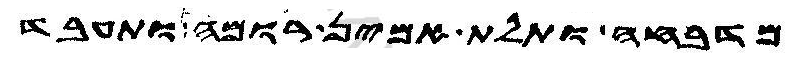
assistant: מדבחה ותלת אמין רומה ותעבד